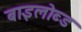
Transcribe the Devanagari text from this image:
बाइलोब्ड